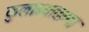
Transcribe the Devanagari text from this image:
कुलाब्यातल्या